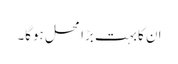
ان کا بہت بڑا محل ہوگا۔